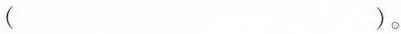
( )。